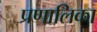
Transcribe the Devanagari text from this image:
प्रणालिका